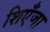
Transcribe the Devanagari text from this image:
शिएँजा